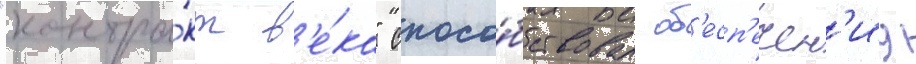
"контра́кт в'е́ка" спосо́бствовал об'есп'ечен'иу